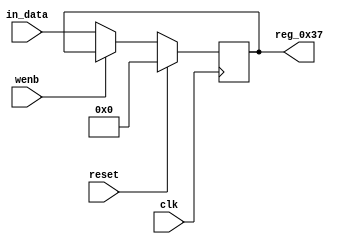
module r_RX_BUF_OBJ1_BYTE_3(output reg [7:0] reg_0x37, input wire reset, input wire wenb, input wire [7:0] in_data, input wire clk);
	always@(posedge clk)
	begin
		if(reset==0) begin
			if(wenb==0)
				reg_0x37<=in_data;
			else
				reg_0x37<=reg_0x37;
		end
		else
			reg_0x37<=8'h00;
	end
endmodule